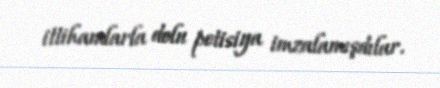
ittihamlarla dolu petisiya imzalamışdılar.